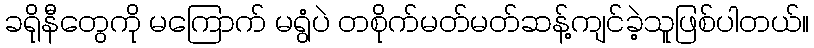
ခရိုနီတွေကို မကြောက် မရွံပဲ တစိုက်မတ်မတ်ဆန့်ကျင်ခဲ့သူဖြစ်ပါတယ်။